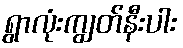
ရွာလုံးကျွတ်နီးပါး